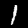
Label: 1